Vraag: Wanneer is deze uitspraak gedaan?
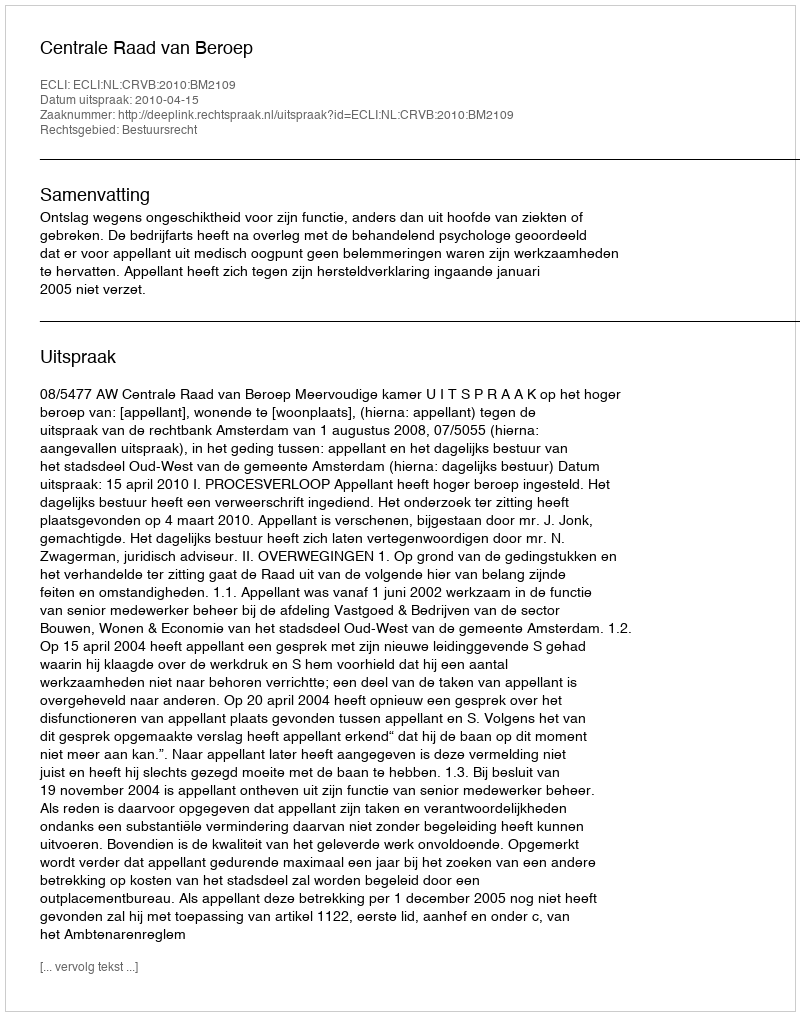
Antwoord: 2010-04-15